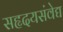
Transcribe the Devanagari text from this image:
सहृदयसंवेद्य